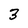
Character: 3